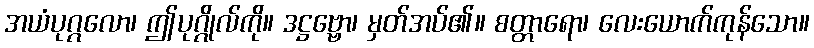
အယံပုဂ္ဂလော၊ ဤပုဂ္ဂိုလ်ကို။ ဒဋ္ဌဗ္ဗော၊ မှတ်အပ်၏။ စတ္တာရော၊ လေးယောက်ကုန်သော။